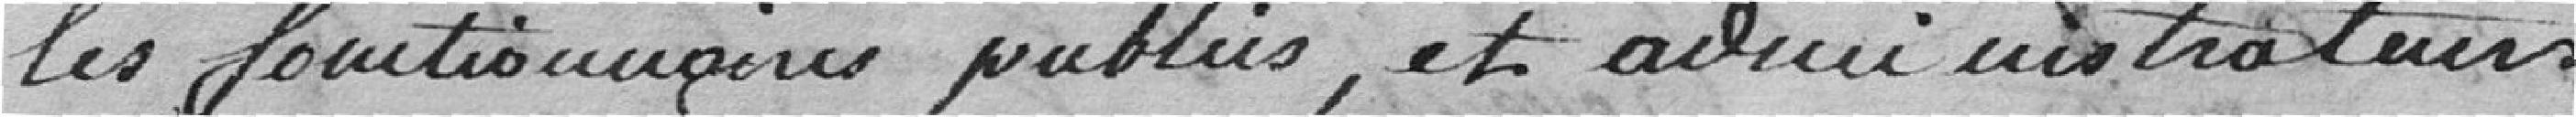
les fonctionnaires publics, et administrateurs